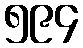
၅၉၄